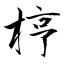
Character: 梈